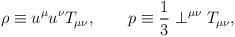
LaTeX: \begin{align*}\rho \equiv u^\mu u^\nu T_{\mu\nu},\qquad p\equiv\frac{1}{3}\perp^{\mu\nu}T_{\mu\nu},\end{align*}